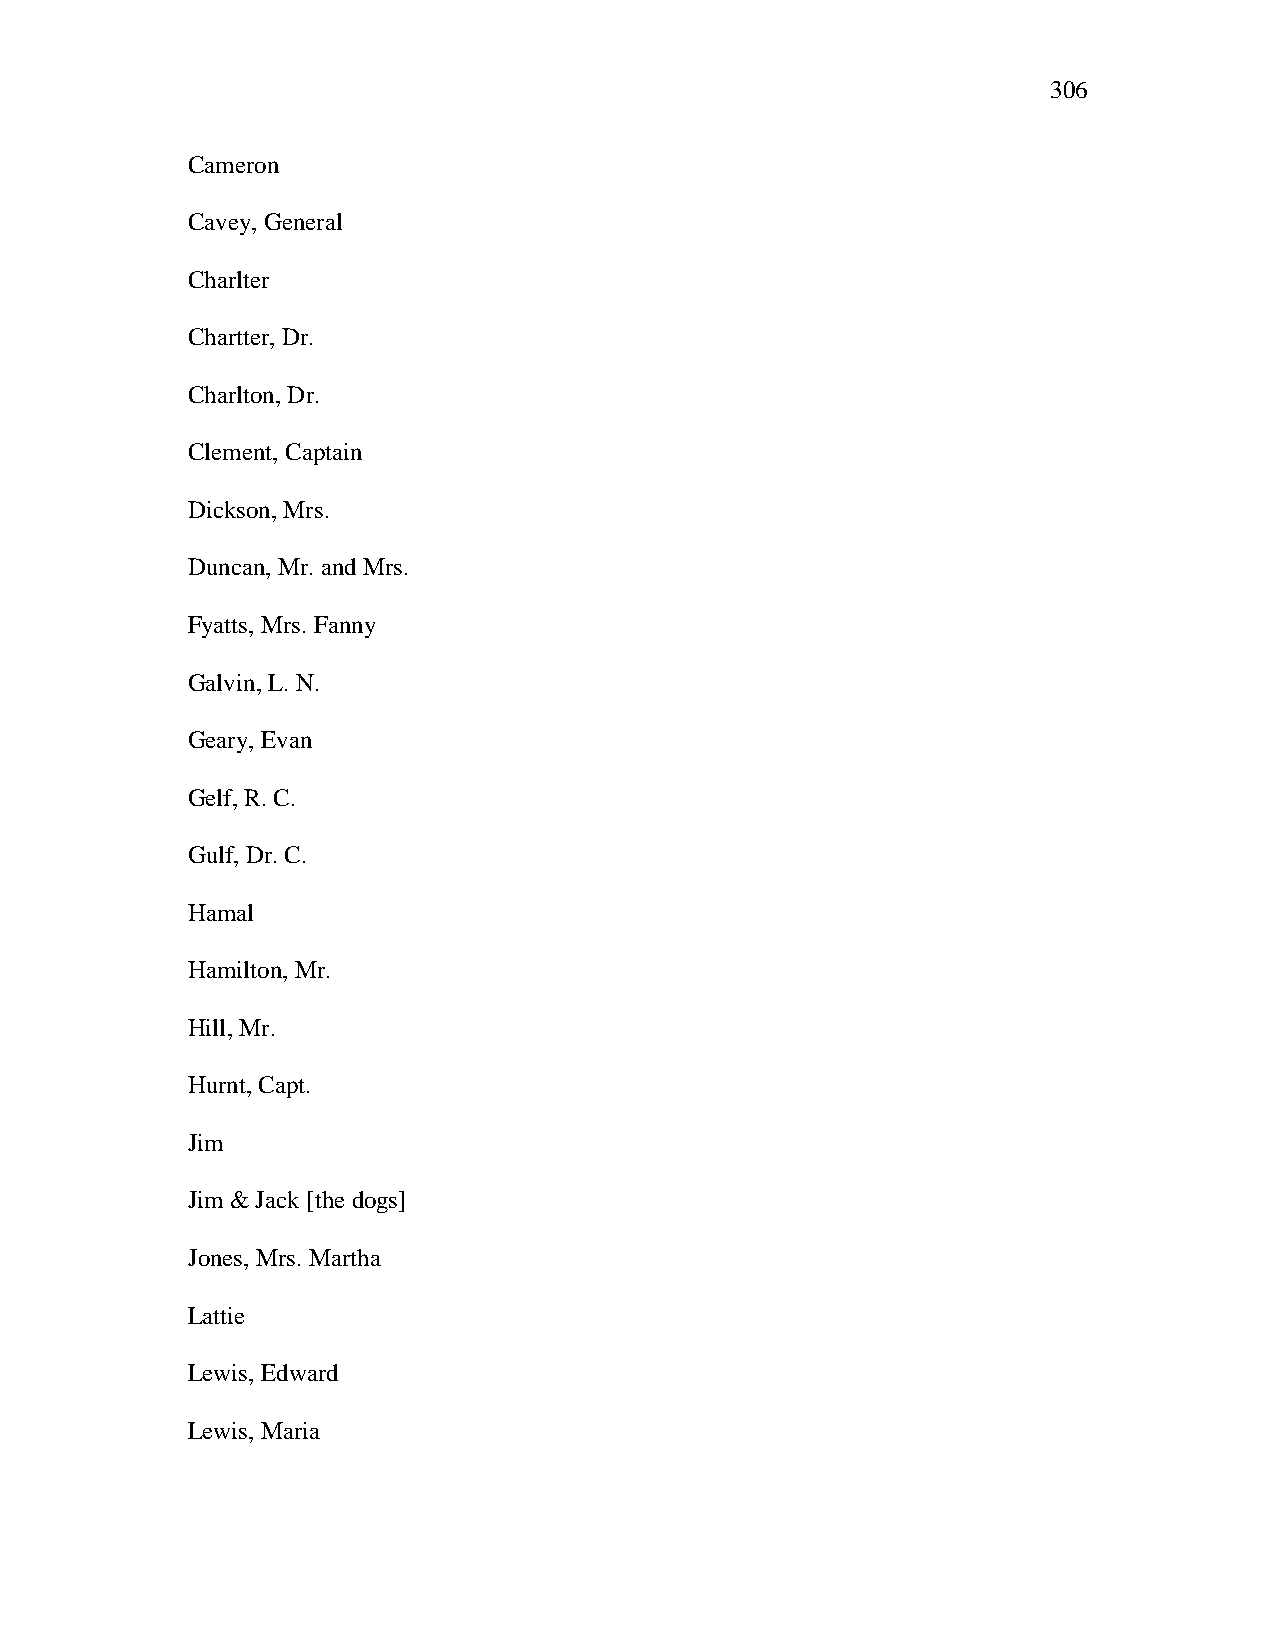
306
 Cameron
 Cavey, General
 Charlter
 Chartter, Dr.
 Charlton, Dr.
 Clement, Captain
 Dickson, Mrs.
 Duncan, Mr. and Mrs.
 Fyatts, Mrs. Fanny
 Galvin, L. N.
 Geary, Evan
 Gelf, R. C.
 Gulf, Dr. C.
 Hamal
 Hamilton, Mr.
 Hill, Mr.
 Hurnt, Capt.
 Jim
 Jim & Jack [the dogs]
 Jones, Mrs. Martha
 Lattie
 Lewis, Edward
 Lewis, Maria